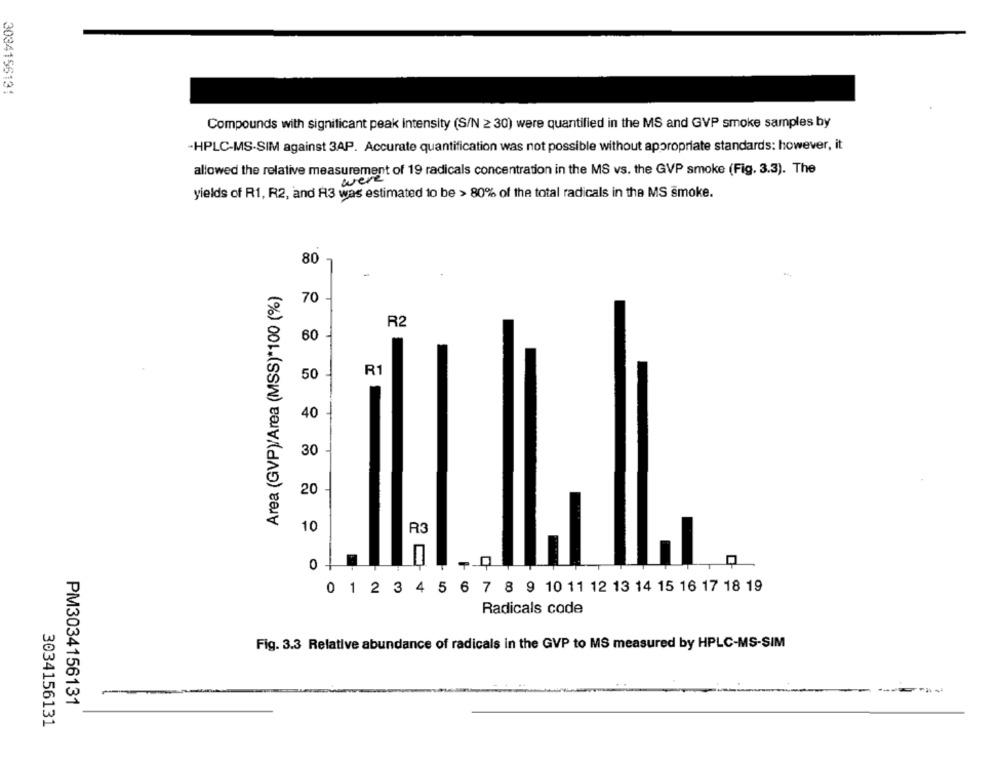
3034156131
Compounds with significant peak intensity (S/N 2 30) were quantified in the MS and GVP smoke samples by
-HPLC-MS-SIM against 3AP. Accurate quantification was not possible without appropriate standards; however, it
allowed the relative measurement of 19 radicals concentration in the MS vs. the GVP smoke (Fig. 3.3). The
were
yields of R1, R2, and A3 was estimated to be > 80% of the total radicals in the MS smoke.
80
Area (GVP)/Area (MSS)*100 (%)
70
R2
60
R1
50
40
30
20
10
R3
01
0 1 2 3 4 5 6 7 8 9 10 11 12 13 14 15 16 17 18 19
Radicals code
Fig. 3.3 Relative abundance of radicals in the GVP to MS measured by HPLC-MS-SIM
PM3034156131
3034156131